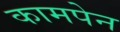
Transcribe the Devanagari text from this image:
कामपेन